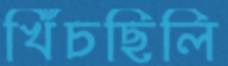
খিঁচছিলি